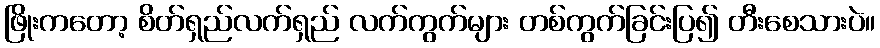
ဖြိုးကတော့ စိတ်ရှည်လက်ရှည် လက်ကွက်များ တစ်ကွက်ခြင်းပြ၍ တီးစေသားပဲ။